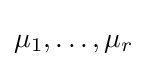
{\textstyle \mu _{1},\ldots ,\mu _{r}}